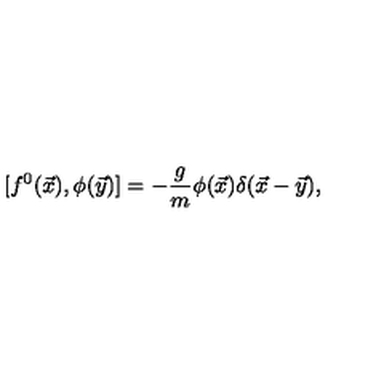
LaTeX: [ f ^ { 0 } ( \vec { x } ) , \phi ( \vec { y } ) ] = - \frac { g } { m } \phi ( \vec { x } ) \delta ( \vec { x } - \vec { y } ) ,